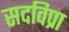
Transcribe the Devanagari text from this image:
सदविप्रा